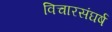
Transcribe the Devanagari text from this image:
विचारसंघर्ष